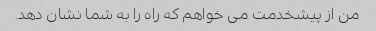
من از پیشخدمت می خواهم که راه را به شما نشان دهد.